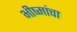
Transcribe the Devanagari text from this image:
भीष्मांचा